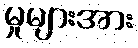
မှုများအား